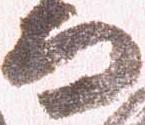
而